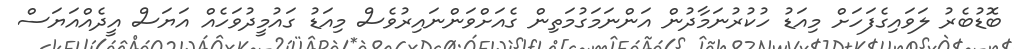
ބޮޑުބެރު ލަވައިގެފަހަށް މިއަޑު ހުކުރުނަމާދުން އަންނަމަގުމަތިން ގެއަށްވަންނައިރުވެސް މިއަޑު ގައުމީދުވަހެއް އަޔަސް އީދެއްއަޔަސް